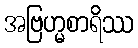
အဗြဟ္မစာရိဿ